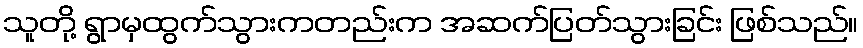
သူတို့ ရွာမှထွက်သွားကတည်းက အဆက်ပြတ်သွားခြင်း ဖြစ်သည်။